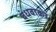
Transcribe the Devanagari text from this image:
बंधवाकर